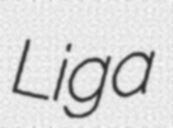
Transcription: Liga